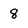
Character: 8